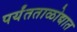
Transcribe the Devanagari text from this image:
पर्यंतताळोद्यात